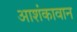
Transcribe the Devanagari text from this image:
आशंकावान